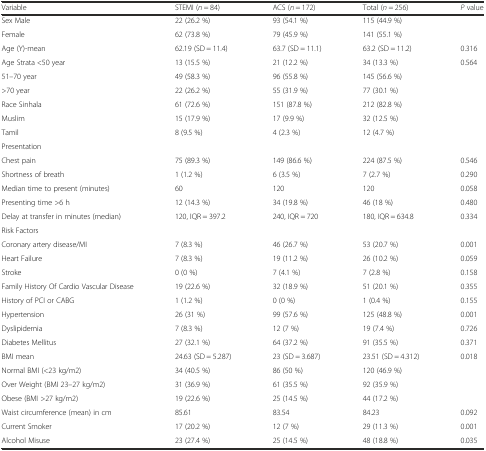
<table><thead><tr><td><b>Variable</b></td><td><b>STEMI (<i>n</i> = 84)</b></td><td><b>ACS (<i>n</i> = 172)</b></td><td><b>Total (<i>n</i> = 256)</b></td><td><b><i>P</i> value</b></td></tr></thead><tbody><tr><td>Sex Male</td><td>22 (26.2 %)</td><td>93 (54.1 %)</td><td>115 (44.9 %)</td><td rowspan="2"></td></tr><tr><td>Female</td><td>62 (73.8 %)</td><td>79 (45.9 %)</td><td>141 (55.1 %)</td></tr><tr><td>Age (Y)-mean</td><td>62.19 (SD = 11.4)</td><td>63.7 (SD = 11.1)</td><td>63.2 (SD = 11.2)</td><td>0.316</td></tr><tr><td>Age Strata &lt;50 year</td><td>13 (15.5 %)</td><td>21 (12.2 %)</td><td>34 (13.3 %)</td><td rowspan="3">0.564</td></tr><tr><td>51–70 year</td><td>49 (58.3 %)</td><td>96 (55.8 %)</td><td>145 (56.6 %)</td></tr><tr><td>&gt;70 year</td><td>22 (26.2 %)</td><td>55 (31.9 %)</td><td>77 (30.1 %)</td></tr><tr><td>Race Sinhala</td><td>61 (72.6 %)</td><td>151 (87.8 %)</td><td>212 (82.8 %)</td><td rowspan="3"></td></tr><tr><td>Muslim</td><td>15 (17.9 %)</td><td>17 (9.9 %)</td><td>32 (12.5 %)</td></tr><tr><td>Tamil</td><td>8 (9.5 %)</td><td>4 (2.3 %)</td><td>12 (4.7 %)</td></tr><tr><td>Presentation</td><td></td><td></td><td></td><td></td></tr><tr><td>Chest pain</td><td>75 (89.3 %)</td><td>149 (86.6 %)</td><td>224 (87.5 %)</td><td>0.546</td></tr><tr><td>Shortness of breath</td><td>1 (1.2 %)</td><td>6 (3.5 %)</td><td>7 (2.7 %)</td><td>0.290</td></tr><tr><td>Median time to present (minutes)</td><td>60</td><td>120</td><td>120</td><td>0.058</td></tr><tr><td>Presenting time &gt;6 h</td><td>12 (14.3 %)</td><td>34 (19.8 %)</td><td>46 (18 %)</td><td>0.480</td></tr><tr><td>Delay at transfer in minutes (median)</td><td>120, IQR = 397.2</td><td>240, IQR = 720</td><td>180, IQR = 634.8</td><td>0.334</td></tr><tr><td>Risk Factors</td><td></td><td></td><td></td><td></td></tr><tr><td>Coronary artery disease/MI</td><td>7 (8.3 %)</td><td>46 (26.7 %)</td><td>53 (20.7 %)</td><td>0.001</td></tr><tr><td>Heart Failure</td><td>7 (8.3 %)</td><td>19 (11.2 %)</td><td>26 (10.2 %)</td><td>0.059</td></tr><tr><td>Stroke</td><td>0 (0 %)</td><td>7 (4.1 %)</td><td>7 (2.8 %)</td><td>0.158</td></tr><tr><td>Family History Of Cardio Vascular Disease</td><td>19 (22.6 %)</td><td>32 (18.9 %)</td><td>51 (20.1 %)</td><td>0.355</td></tr><tr><td>History of PCI or CABG</td><td>1 (1.2 %)</td><td>0 (0 %)</td><td>1 (0.4 %)</td><td>0.155</td></tr><tr><td>Hypertension</td><td>26 (31 %)</td><td>99 (57.6 %)</td><td>125 (48.8 %)</td><td>0.001</td></tr><tr><td>Dyslipidemia</td><td>7 (8.3 %)</td><td>12 (7 %)</td><td>19 (7.4 %)</td><td>0.726</td></tr><tr><td>Diabetes Mellitus</td><td>27 (32.1 %)</td><td>64 (37.2 %)</td><td>91 (35.5 %)</td><td>0.371</td></tr><tr><td>BMI mean</td><td>24.63 (SD = 5.287)</td><td>23 (SD = 3.687)</td><td>23.51 (SD = 4.312)</td><td>0.018</td></tr><tr><td>Normal BMI (&lt;23 kg/m2)</td><td>34 (40.5 %)</td><td>86 (50 %)</td><td>120 (46.9 %)</td><td rowspan="3"></td></tr><tr><td>Over Weight (BMI 23–27 kg/m2)</td><td>31 (36.9 %)</td><td>61 (35.5 %)</td><td>92 (35.9 %)</td></tr><tr><td>Obese (BMI &gt;27 kg/m2)</td><td>19 (22.6 %)</td><td>25 (14.5 %)</td><td>44 (17.2 %)</td></tr><tr><td>Waist circumference (mean) in cm</td><td>85.61</td><td>83.54</td><td>84.23</td><td>0.092</td></tr><tr><td>Current Smoker</td><td>17 (20.2 %)</td><td>12 (7 %)</td><td>29 (11.3 %)</td><td>0.001</td></tr><tr><td>Alcohol Misuse</td><td>23 (27.4 %)</td><td>25 (14.5 %)</td><td>48 (18.8 %)</td><td>0.035</td></tr></tbody></table>